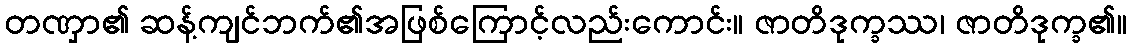
တဏှာ၏ ဆန့်ကျင်ဘက်၏အဖြစ်ကြောင့်လည်းကောင်း။ ဇာတိဒုက္ခဿ၊ ဇာတိဒုက္ခ၏။